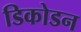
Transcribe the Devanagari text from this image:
डिकोडन